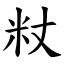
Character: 粀